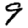
Digit: 9